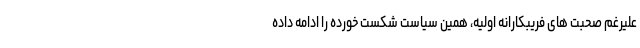
علیرغم صحبت های فریبکارانه اولیه، همین سیاست شکست خورده را ادامه داده